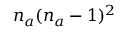
n _ { a } ( n _ { a } - 1 ) ^ { 2 }